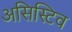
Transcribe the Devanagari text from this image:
असिस्टिव